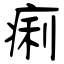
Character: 痢